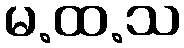
မ.ထ.သ